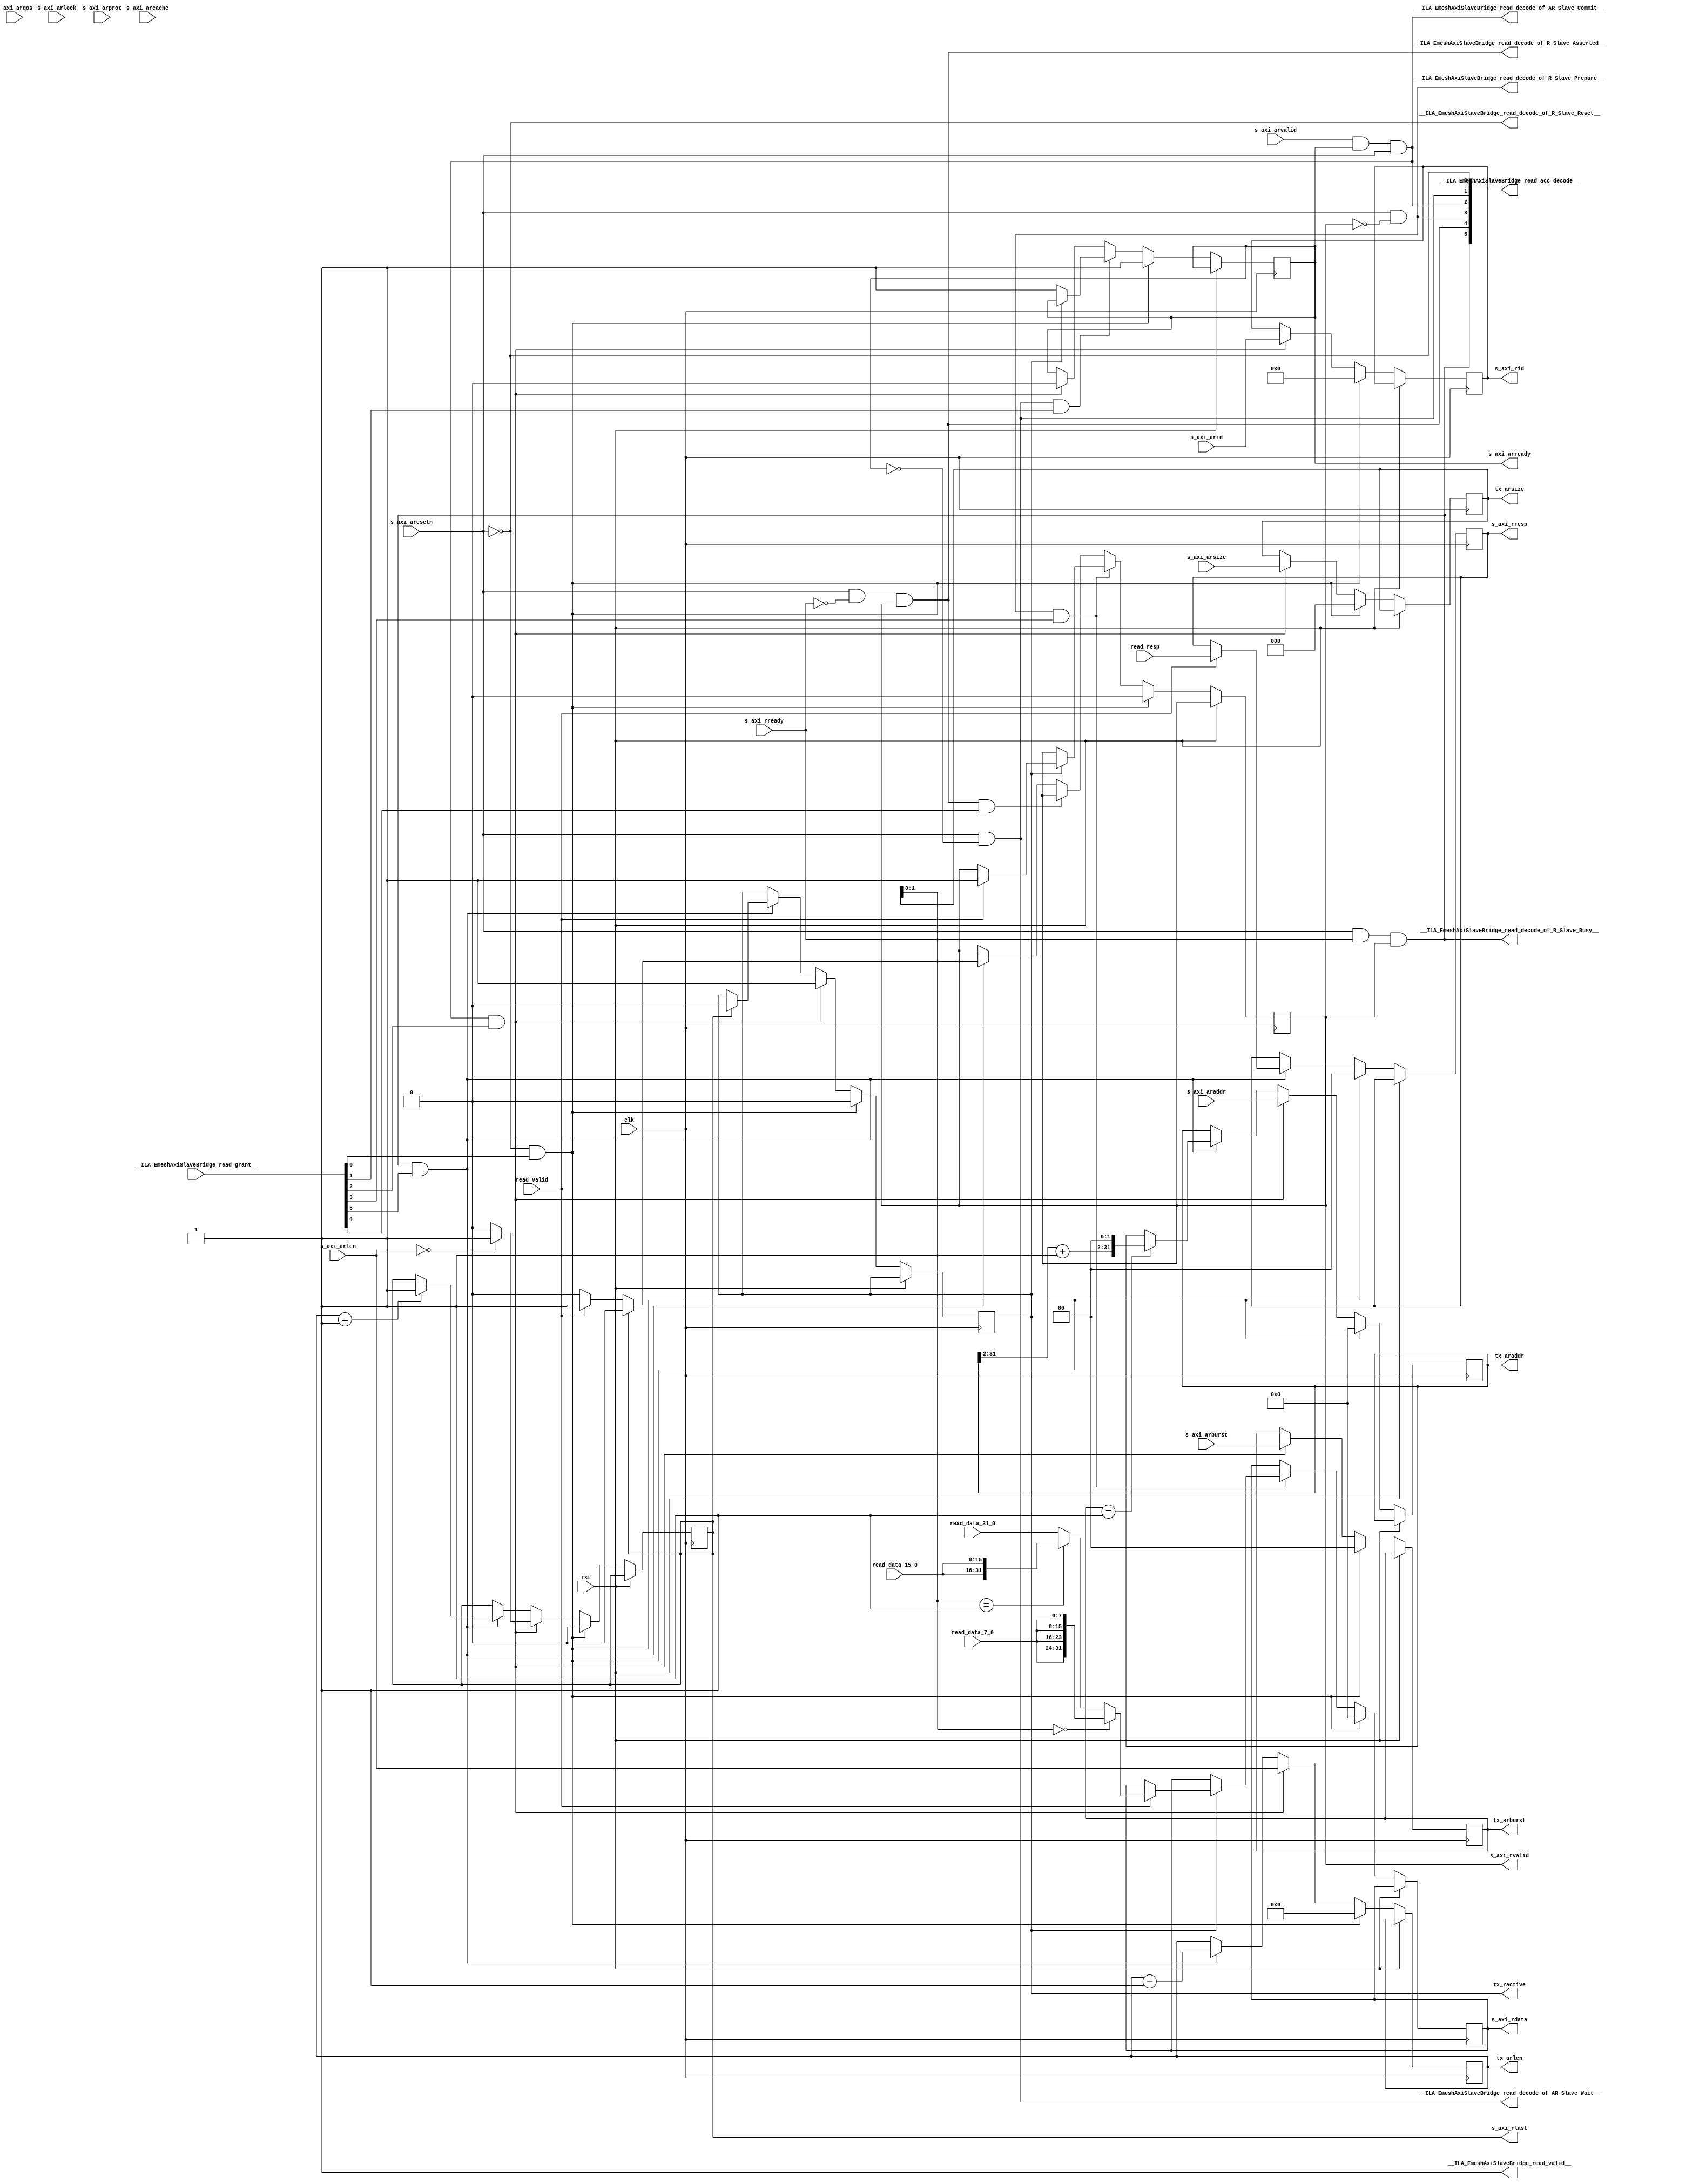
module EmeshAxiSlaveBridge_read(
__ILA_EmeshAxiSlaveBridge_read_grant__,
clk,
read_data_15_0,
read_data_31_0,
read_data_7_0,
read_resp,
read_valid,
rst,
s_axi_araddr,
s_axi_arburst,
s_axi_arcache,
s_axi_aresetn,
s_axi_arid,
s_axi_arlen,
s_axi_arlock,
s_axi_arprot,
s_axi_arqos,
s_axi_arsize,
s_axi_arvalid,
s_axi_rready,
__ILA_EmeshAxiSlaveBridge_read_acc_decode__,
__ILA_EmeshAxiSlaveBridge_read_decode_of_AR_Slave_Commit__,
__ILA_EmeshAxiSlaveBridge_read_decode_of_AR_Slave_Wait__,
__ILA_EmeshAxiSlaveBridge_read_decode_of_R_Slave_Asserted__,
__ILA_EmeshAxiSlaveBridge_read_decode_of_R_Slave_Busy__,
__ILA_EmeshAxiSlaveBridge_read_decode_of_R_Slave_Prepare__,
__ILA_EmeshAxiSlaveBridge_read_decode_of_R_Slave_Reset__,
__ILA_EmeshAxiSlaveBridge_read_valid__,
s_axi_arready,
s_axi_rid,
s_axi_rdata,
s_axi_rlast,
s_axi_rresp,
s_axi_rvalid,
tx_ractive,
tx_arlen,
tx_arsize,
tx_araddr,
tx_arburst
);
input      [5:0] __ILA_EmeshAxiSlaveBridge_read_grant__;
input            clk;
input     [15:0] read_data_15_0;
input     [31:0] read_data_31_0;
input      [7:0] read_data_7_0;
input      [1:0] read_resp;
input            read_valid;
input            rst;
input     [31:0] s_axi_araddr;
input      [1:0] s_axi_arburst;
input      [3:0] s_axi_arcache;
input            s_axi_aresetn;
input     [11:0] s_axi_arid;
input      [7:0] s_axi_arlen;
input            s_axi_arlock;
input      [2:0] s_axi_arprot;
input      [3:0] s_axi_arqos;
input      [2:0] s_axi_arsize;
input            s_axi_arvalid;
input            s_axi_rready;
output      [5:0] __ILA_EmeshAxiSlaveBridge_read_acc_decode__;
output            __ILA_EmeshAxiSlaveBridge_read_decode_of_AR_Slave_Commit__;
output            __ILA_EmeshAxiSlaveBridge_read_decode_of_AR_Slave_Wait__;
output            __ILA_EmeshAxiSlaveBridge_read_decode_of_R_Slave_Asserted__;
output            __ILA_EmeshAxiSlaveBridge_read_decode_of_R_Slave_Busy__;
output            __ILA_EmeshAxiSlaveBridge_read_decode_of_R_Slave_Prepare__;
output            __ILA_EmeshAxiSlaveBridge_read_decode_of_R_Slave_Reset__;
output            __ILA_EmeshAxiSlaveBridge_read_valid__;
output reg            s_axi_arready;
output reg     [11:0] s_axi_rid;
output reg     [31:0] s_axi_rdata;
output reg            s_axi_rlast;
output reg      [1:0] s_axi_rresp;
output reg            s_axi_rvalid;
output reg            tx_ractive;
output reg      [7:0] tx_arlen;
output reg      [2:0] tx_arsize;
output reg     [31:0] tx_araddr;
output reg      [1:0] tx_arburst;
wire      [5:0] __ILA_EmeshAxiSlaveBridge_read_acc_decode__;
wire            __ILA_EmeshAxiSlaveBridge_read_decode_of_AR_Slave_Commit__;
wire            __ILA_EmeshAxiSlaveBridge_read_decode_of_AR_Slave_Wait__;
wire            __ILA_EmeshAxiSlaveBridge_read_decode_of_R_Slave_Asserted__;
wire            __ILA_EmeshAxiSlaveBridge_read_decode_of_R_Slave_Busy__;
wire            __ILA_EmeshAxiSlaveBridge_read_decode_of_R_Slave_Prepare__;
wire            __ILA_EmeshAxiSlaveBridge_read_decode_of_R_Slave_Reset__;
wire      [5:0] __ILA_EmeshAxiSlaveBridge_read_grant__;
wire            __ILA_EmeshAxiSlaveBridge_read_valid__;
wire     [11:0] bv_12_0_n26;
wire            bv_1_0_n0;
wire            bv_1_1_n2;
wire      [1:0] bv_2_0_n31;
wire      [1:0] bv_2_1_n37;
wire     [29:0] bv_30_1_n66;
wire     [31:0] bv_32_0_n27;
wire      [2:0] bv_3_0_n63;
wire      [7:0] bv_8_0_n44;
wire      [7:0] bv_8_1_n47;
wire            clk;
wire            n1;
wire            n10;
wire            n11;
wire            n12;
wire            n13;
wire            n14;
wire            n15;
wire            n16;
wire            n17;
wire            n18;
wire            n19;
wire            n20;
wire            n21;
wire            n22;
wire            n23;
wire            n24;
wire            n25;
wire            n28;
wire            n29;
wire            n3;
wire      [1:0] n30;
wire            n32;
wire     [15:0] n33;
wire     [15:0] n34;
wire     [31:0] n35;
wire      [1:0] n36;
wire            n38;
wire     [31:0] n39;
wire            n4;
wire     [31:0] n40;
wire     [31:0] n41;
wire     [31:0] n42;
wire     [31:0] n43;
wire            n45;
wire            n46;
wire            n48;
wire            n49;
wire            n5;
wire            n50;
wire      [1:0] n51;
wire            n52;
wire            n53;
wire            n54;
wire            n55;
wire            n56;
wire            n57;
wire            n58;
wire            n59;
wire            n6;
wire            n60;
wire            n61;
wire      [7:0] n62;
wire            n64;
wire     [29:0] n65;
wire     [29:0] n67;
wire     [31:0] n68;
wire     [31:0] n69;
wire            n7;
wire            n8;
wire            n9;
wire     [15:0] read_data_15_0;
wire     [31:0] read_data_31_0;
wire      [7:0] read_data_7_0;
wire      [1:0] read_resp;
wire            read_valid;
wire            rst;
wire     [31:0] s_axi_araddr;
wire      [1:0] s_axi_arburst;
wire      [3:0] s_axi_arcache;
wire            s_axi_aresetn;
wire     [11:0] s_axi_arid;
wire      [7:0] s_axi_arlen;
wire            s_axi_arlock;
wire      [2:0] s_axi_arprot;
wire      [3:0] s_axi_arqos;
wire      [2:0] s_axi_arsize;
wire            s_axi_arvalid;
wire            s_axi_rready;
assign __ILA_EmeshAxiSlaveBridge_read_valid__ = 1'b1 ;
assign bv_1_0_n0 = 1'h0 ;
assign n1 =  ( s_axi_aresetn ) == ( bv_1_0_n0 )  ;
assign __ILA_EmeshAxiSlaveBridge_read_decode_of_R_Slave_Reset__ = n1 ;
assign __ILA_EmeshAxiSlaveBridge_read_acc_decode__[0] = __ILA_EmeshAxiSlaveBridge_read_decode_of_R_Slave_Reset__ ;
assign bv_1_1_n2 = 1'h1 ;
assign n3 =  ( s_axi_aresetn ) == ( bv_1_1_n2 )  ;
assign n4 =  ( s_axi_arready ) == ( bv_1_0_n0 )  ;
assign n5 =  ( n3 ) & (n4 )  ;
assign __ILA_EmeshAxiSlaveBridge_read_decode_of_AR_Slave_Wait__ = n5 ;
assign __ILA_EmeshAxiSlaveBridge_read_acc_decode__[1] = __ILA_EmeshAxiSlaveBridge_read_decode_of_AR_Slave_Wait__ ;
assign n6 =  ( s_axi_arvalid ) == ( bv_1_1_n2 )  ;
assign n7 =  ( s_axi_arready ) == ( bv_1_1_n2 )  ;
assign n8 =  ( n6 ) & (n7 )  ;
assign n9 =  ( s_axi_aresetn ) == ( bv_1_1_n2 )  ;
assign n10 =  ( n8 ) & (n9 )  ;
assign __ILA_EmeshAxiSlaveBridge_read_decode_of_AR_Slave_Commit__ = n10 ;
assign __ILA_EmeshAxiSlaveBridge_read_acc_decode__[2] = __ILA_EmeshAxiSlaveBridge_read_decode_of_AR_Slave_Commit__ ;
assign n11 =  ( s_axi_aresetn ) == ( bv_1_1_n2 )  ;
assign n12 =  ( s_axi_rvalid ) == ( bv_1_0_n0 )  ;
assign n13 =  ( n11 ) & (n12 )  ;
assign __ILA_EmeshAxiSlaveBridge_read_decode_of_R_Slave_Prepare__ = n13 ;
assign __ILA_EmeshAxiSlaveBridge_read_acc_decode__[3] = __ILA_EmeshAxiSlaveBridge_read_decode_of_R_Slave_Prepare__ ;
assign n14 =  ( s_axi_aresetn ) == ( bv_1_1_n2 )  ;
assign n15 =  ( s_axi_rready ) == ( bv_1_0_n0 )  ;
assign n16 =  ( n14 ) & (n15 )  ;
assign n17 =  ( s_axi_rvalid ) == ( bv_1_1_n2 )  ;
assign n18 =  ( n16 ) & (n17 )  ;
assign __ILA_EmeshAxiSlaveBridge_read_decode_of_R_Slave_Asserted__ = n18 ;
assign __ILA_EmeshAxiSlaveBridge_read_acc_decode__[4] = __ILA_EmeshAxiSlaveBridge_read_decode_of_R_Slave_Asserted__ ;
assign n19 =  ( s_axi_aresetn ) == ( bv_1_1_n2 )  ;
assign n20 =  ( s_axi_rready ) == ( bv_1_1_n2 )  ;
assign n21 =  ( n19 ) & (n20 )  ;
assign n22 =  ( s_axi_rvalid ) == ( bv_1_1_n2 )  ;
assign n23 =  ( n21 ) & (n22 )  ;
assign __ILA_EmeshAxiSlaveBridge_read_decode_of_R_Slave_Busy__ = n23 ;
assign __ILA_EmeshAxiSlaveBridge_read_acc_decode__[5] = __ILA_EmeshAxiSlaveBridge_read_decode_of_R_Slave_Busy__ ;
assign n24 =  ( tx_ractive ) == ( bv_1_0_n0 )  ;
assign n25 =  ( n24 ) ? ( bv_1_1_n2 ) : ( s_axi_arready ) ;
assign bv_12_0_n26 = 12'h0 ;
assign bv_32_0_n27 = 32'h0 ;
assign n28 =  ( tx_ractive ) == ( bv_1_1_n2 )  ;
assign n29 =  ( read_valid ) == ( bv_1_1_n2 )  ;
assign n30 = tx_arsize[1:0] ;
assign bv_2_0_n31 = 2'h0 ;
assign n32 =  ( n30 ) == ( bv_2_0_n31 )  ;
assign n33 =  { ( read_data_7_0 ) , ( read_data_7_0 ) }  ;
assign n34 =  { ( read_data_7_0 ) , ( read_data_7_0 ) }  ;
assign n35 =  { ( n33 ) , ( n34 ) }  ;
assign n36 = tx_arsize[1:0] ;
assign bv_2_1_n37 = 2'h1 ;
assign n38 =  ( n36 ) == ( bv_2_1_n37 )  ;
assign n39 =  { ( read_data_15_0 ) , ( read_data_15_0 ) }  ;
assign n40 =  ( n38 ) ? ( n39 ) : ( read_data_31_0 ) ;
assign n41 =  ( n32 ) ? ( n35 ) : ( n40 ) ;
assign n42 =  ( n29 ) ? ( n41 ) : ( s_axi_rdata ) ;
assign n43 =  ( n28 ) ? ( n42 ) : ( s_axi_rdata ) ;
assign bv_8_0_n44 = 8'h0 ;
assign n45 =  ( s_axi_arlen ) == ( bv_8_0_n44 )  ;
assign n46 =  ( n45 ) ? ( bv_1_1_n2 ) : ( bv_1_0_n0 ) ;
assign bv_8_1_n47 = 8'h1 ;
assign n48 =  ( tx_arlen ) == ( bv_8_1_n47 )  ;
assign n49 =  ( n48 ) ? ( bv_1_1_n2 ) : ( s_axi_rlast ) ;
assign n50 =  ( read_valid ) == ( bv_1_1_n2 )  ;
assign n51 =  ( n50 ) ? ( read_resp ) : ( s_axi_rresp ) ;
assign n52 =  ( tx_ractive ) == ( bv_1_1_n2 )  ;
assign n53 =  ( read_valid ) == ( bv_1_1_n2 )  ;
assign n54 =  ( n53 ) ? ( bv_1_1_n2 ) : ( s_axi_rvalid ) ;
assign n55 =  ( n52 ) ? ( n54 ) : ( s_axi_rvalid ) ;
assign n56 =  ( s_axi_rlast ) == ( bv_1_1_n2 )  ;
assign n57 =  ( read_valid ) == ( bv_1_1_n2 )  ;
assign n58 =  ( n57 ) ? ( bv_1_1_n2 ) : ( bv_1_0_n0 ) ;
assign n59 =  ( n56 ) ? ( bv_1_0_n0 ) : ( n58 ) ;
assign n60 =  ( s_axi_rlast ) == ( bv_1_1_n2 )  ;
assign n61 =  ( n60 ) ? ( bv_1_0_n0 ) : ( tx_ractive ) ;
assign n62 =  ( tx_arlen ) - ( bv_8_1_n47 )  ;
assign bv_3_0_n63 = 3'h0 ;
assign n64 =  ( tx_arburst ) == ( bv_2_1_n37 )  ;
assign n65 = tx_araddr[31:2] ;
assign bv_30_1_n66 = 30'h1 ;
assign n67 =  ( n65 ) + ( bv_30_1_n66 )  ;
assign n68 =  { ( n67 ) , ( bv_2_0_n31 ) }  ;
assign n69 =  ( n64 ) ? ( n68 ) : ( tx_araddr ) ;
always @(posedge clk) begin
   if(rst) begin
   end
   else if(__ILA_EmeshAxiSlaveBridge_read_valid__) begin
       if ( __ILA_EmeshAxiSlaveBridge_read_decode_of_R_Slave_Reset__ && __ILA_EmeshAxiSlaveBridge_read_grant__[0] ) begin
           s_axi_arready <= bv_1_1_n2;
       end else if ( __ILA_EmeshAxiSlaveBridge_read_decode_of_AR_Slave_Wait__ && __ILA_EmeshAxiSlaveBridge_read_grant__[1] ) begin
           s_axi_arready <= n25;
       end else if ( __ILA_EmeshAxiSlaveBridge_read_decode_of_AR_Slave_Commit__ && __ILA_EmeshAxiSlaveBridge_read_grant__[2] ) begin
           s_axi_arready <= bv_1_0_n0;
       end
       if ( __ILA_EmeshAxiSlaveBridge_read_decode_of_R_Slave_Reset__ && __ILA_EmeshAxiSlaveBridge_read_grant__[0] ) begin
           s_axi_rid <= bv_12_0_n26;
       end else if ( __ILA_EmeshAxiSlaveBridge_read_decode_of_AR_Slave_Commit__ && __ILA_EmeshAxiSlaveBridge_read_grant__[2] ) begin
           s_axi_rid <= s_axi_arid;
       end
       if ( __ILA_EmeshAxiSlaveBridge_read_decode_of_R_Slave_Reset__ && __ILA_EmeshAxiSlaveBridge_read_grant__[0] ) begin
           s_axi_rdata <= bv_32_0_n27;
       end else if ( __ILA_EmeshAxiSlaveBridge_read_decode_of_R_Slave_Prepare__ && __ILA_EmeshAxiSlaveBridge_read_grant__[3] ) begin
           s_axi_rdata <= n43;
       end else if ( __ILA_EmeshAxiSlaveBridge_read_decode_of_R_Slave_Asserted__ && __ILA_EmeshAxiSlaveBridge_read_grant__[4] ) begin
           s_axi_rdata <= s_axi_rdata;
       end
       if ( __ILA_EmeshAxiSlaveBridge_read_decode_of_R_Slave_Reset__ && __ILA_EmeshAxiSlaveBridge_read_grant__[0] ) begin
           s_axi_rlast <= bv_1_0_n0;
       end else if ( __ILA_EmeshAxiSlaveBridge_read_decode_of_AR_Slave_Commit__ && __ILA_EmeshAxiSlaveBridge_read_grant__[2] ) begin
           s_axi_rlast <= n46;
       end else if ( __ILA_EmeshAxiSlaveBridge_read_decode_of_R_Slave_Busy__ && __ILA_EmeshAxiSlaveBridge_read_grant__[5] ) begin
           s_axi_rlast <= n49;
       end
       if ( __ILA_EmeshAxiSlaveBridge_read_decode_of_R_Slave_Reset__ && __ILA_EmeshAxiSlaveBridge_read_grant__[0] ) begin
           s_axi_rresp <= bv_2_0_n31;
       end else if ( __ILA_EmeshAxiSlaveBridge_read_decode_of_R_Slave_Busy__ && __ILA_EmeshAxiSlaveBridge_read_grant__[5] ) begin
           s_axi_rresp <= n51;
       end
       if ( __ILA_EmeshAxiSlaveBridge_read_decode_of_R_Slave_Reset__ && __ILA_EmeshAxiSlaveBridge_read_grant__[0] ) begin
           s_axi_rvalid <= bv_1_0_n0;
       end else if ( __ILA_EmeshAxiSlaveBridge_read_decode_of_R_Slave_Prepare__ && __ILA_EmeshAxiSlaveBridge_read_grant__[3] ) begin
           s_axi_rvalid <= n55;
       end else if ( __ILA_EmeshAxiSlaveBridge_read_decode_of_R_Slave_Asserted__ && __ILA_EmeshAxiSlaveBridge_read_grant__[4] ) begin
           s_axi_rvalid <= s_axi_rvalid;
       end else if ( __ILA_EmeshAxiSlaveBridge_read_decode_of_R_Slave_Busy__ && __ILA_EmeshAxiSlaveBridge_read_grant__[5] ) begin
           s_axi_rvalid <= n59;
       end
       if ( __ILA_EmeshAxiSlaveBridge_read_decode_of_R_Slave_Reset__ && __ILA_EmeshAxiSlaveBridge_read_grant__[0] ) begin
           tx_ractive <= bv_1_0_n0;
       end else if ( __ILA_EmeshAxiSlaveBridge_read_decode_of_AR_Slave_Commit__ && __ILA_EmeshAxiSlaveBridge_read_grant__[2] ) begin
           tx_ractive <= bv_1_1_n2;
       end else if ( __ILA_EmeshAxiSlaveBridge_read_decode_of_R_Slave_Busy__ && __ILA_EmeshAxiSlaveBridge_read_grant__[5] ) begin
           tx_ractive <= n61;
       end
       if ( __ILA_EmeshAxiSlaveBridge_read_decode_of_R_Slave_Reset__ && __ILA_EmeshAxiSlaveBridge_read_grant__[0] ) begin
           tx_arlen <= bv_8_0_n44;
       end else if ( __ILA_EmeshAxiSlaveBridge_read_decode_of_AR_Slave_Commit__ && __ILA_EmeshAxiSlaveBridge_read_grant__[2] ) begin
           tx_arlen <= s_axi_arlen;
       end else if ( __ILA_EmeshAxiSlaveBridge_read_decode_of_R_Slave_Busy__ && __ILA_EmeshAxiSlaveBridge_read_grant__[5] ) begin
           tx_arlen <= n62;
       end
       if ( __ILA_EmeshAxiSlaveBridge_read_decode_of_R_Slave_Reset__ && __ILA_EmeshAxiSlaveBridge_read_grant__[0] ) begin
           tx_arsize <= bv_3_0_n63;
       end else if ( __ILA_EmeshAxiSlaveBridge_read_decode_of_AR_Slave_Commit__ && __ILA_EmeshAxiSlaveBridge_read_grant__[2] ) begin
           tx_arsize <= s_axi_arsize;
       end
       if ( __ILA_EmeshAxiSlaveBridge_read_decode_of_R_Slave_Reset__ && __ILA_EmeshAxiSlaveBridge_read_grant__[0] ) begin
           tx_araddr <= bv_32_0_n27;
       end else if ( __ILA_EmeshAxiSlaveBridge_read_decode_of_AR_Slave_Commit__ && __ILA_EmeshAxiSlaveBridge_read_grant__[2] ) begin
           tx_araddr <= s_axi_araddr;
       end else if ( __ILA_EmeshAxiSlaveBridge_read_decode_of_R_Slave_Busy__ && __ILA_EmeshAxiSlaveBridge_read_grant__[5] ) begin
           tx_araddr <= n69;
       end
       if ( __ILA_EmeshAxiSlaveBridge_read_decode_of_R_Slave_Reset__ && __ILA_EmeshAxiSlaveBridge_read_grant__[0] ) begin
           tx_arburst <= bv_2_0_n31;
       end else if ( __ILA_EmeshAxiSlaveBridge_read_decode_of_AR_Slave_Commit__ && __ILA_EmeshAxiSlaveBridge_read_grant__[2] ) begin
           tx_arburst <= s_axi_arburst;
       end
   end
end
endmodule